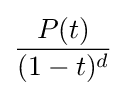
{\frac {P(t)}{(1-t)^{d}}}